NAE_ERA_R-30_Eesti_Riiklik_Spordiamet, lk 66
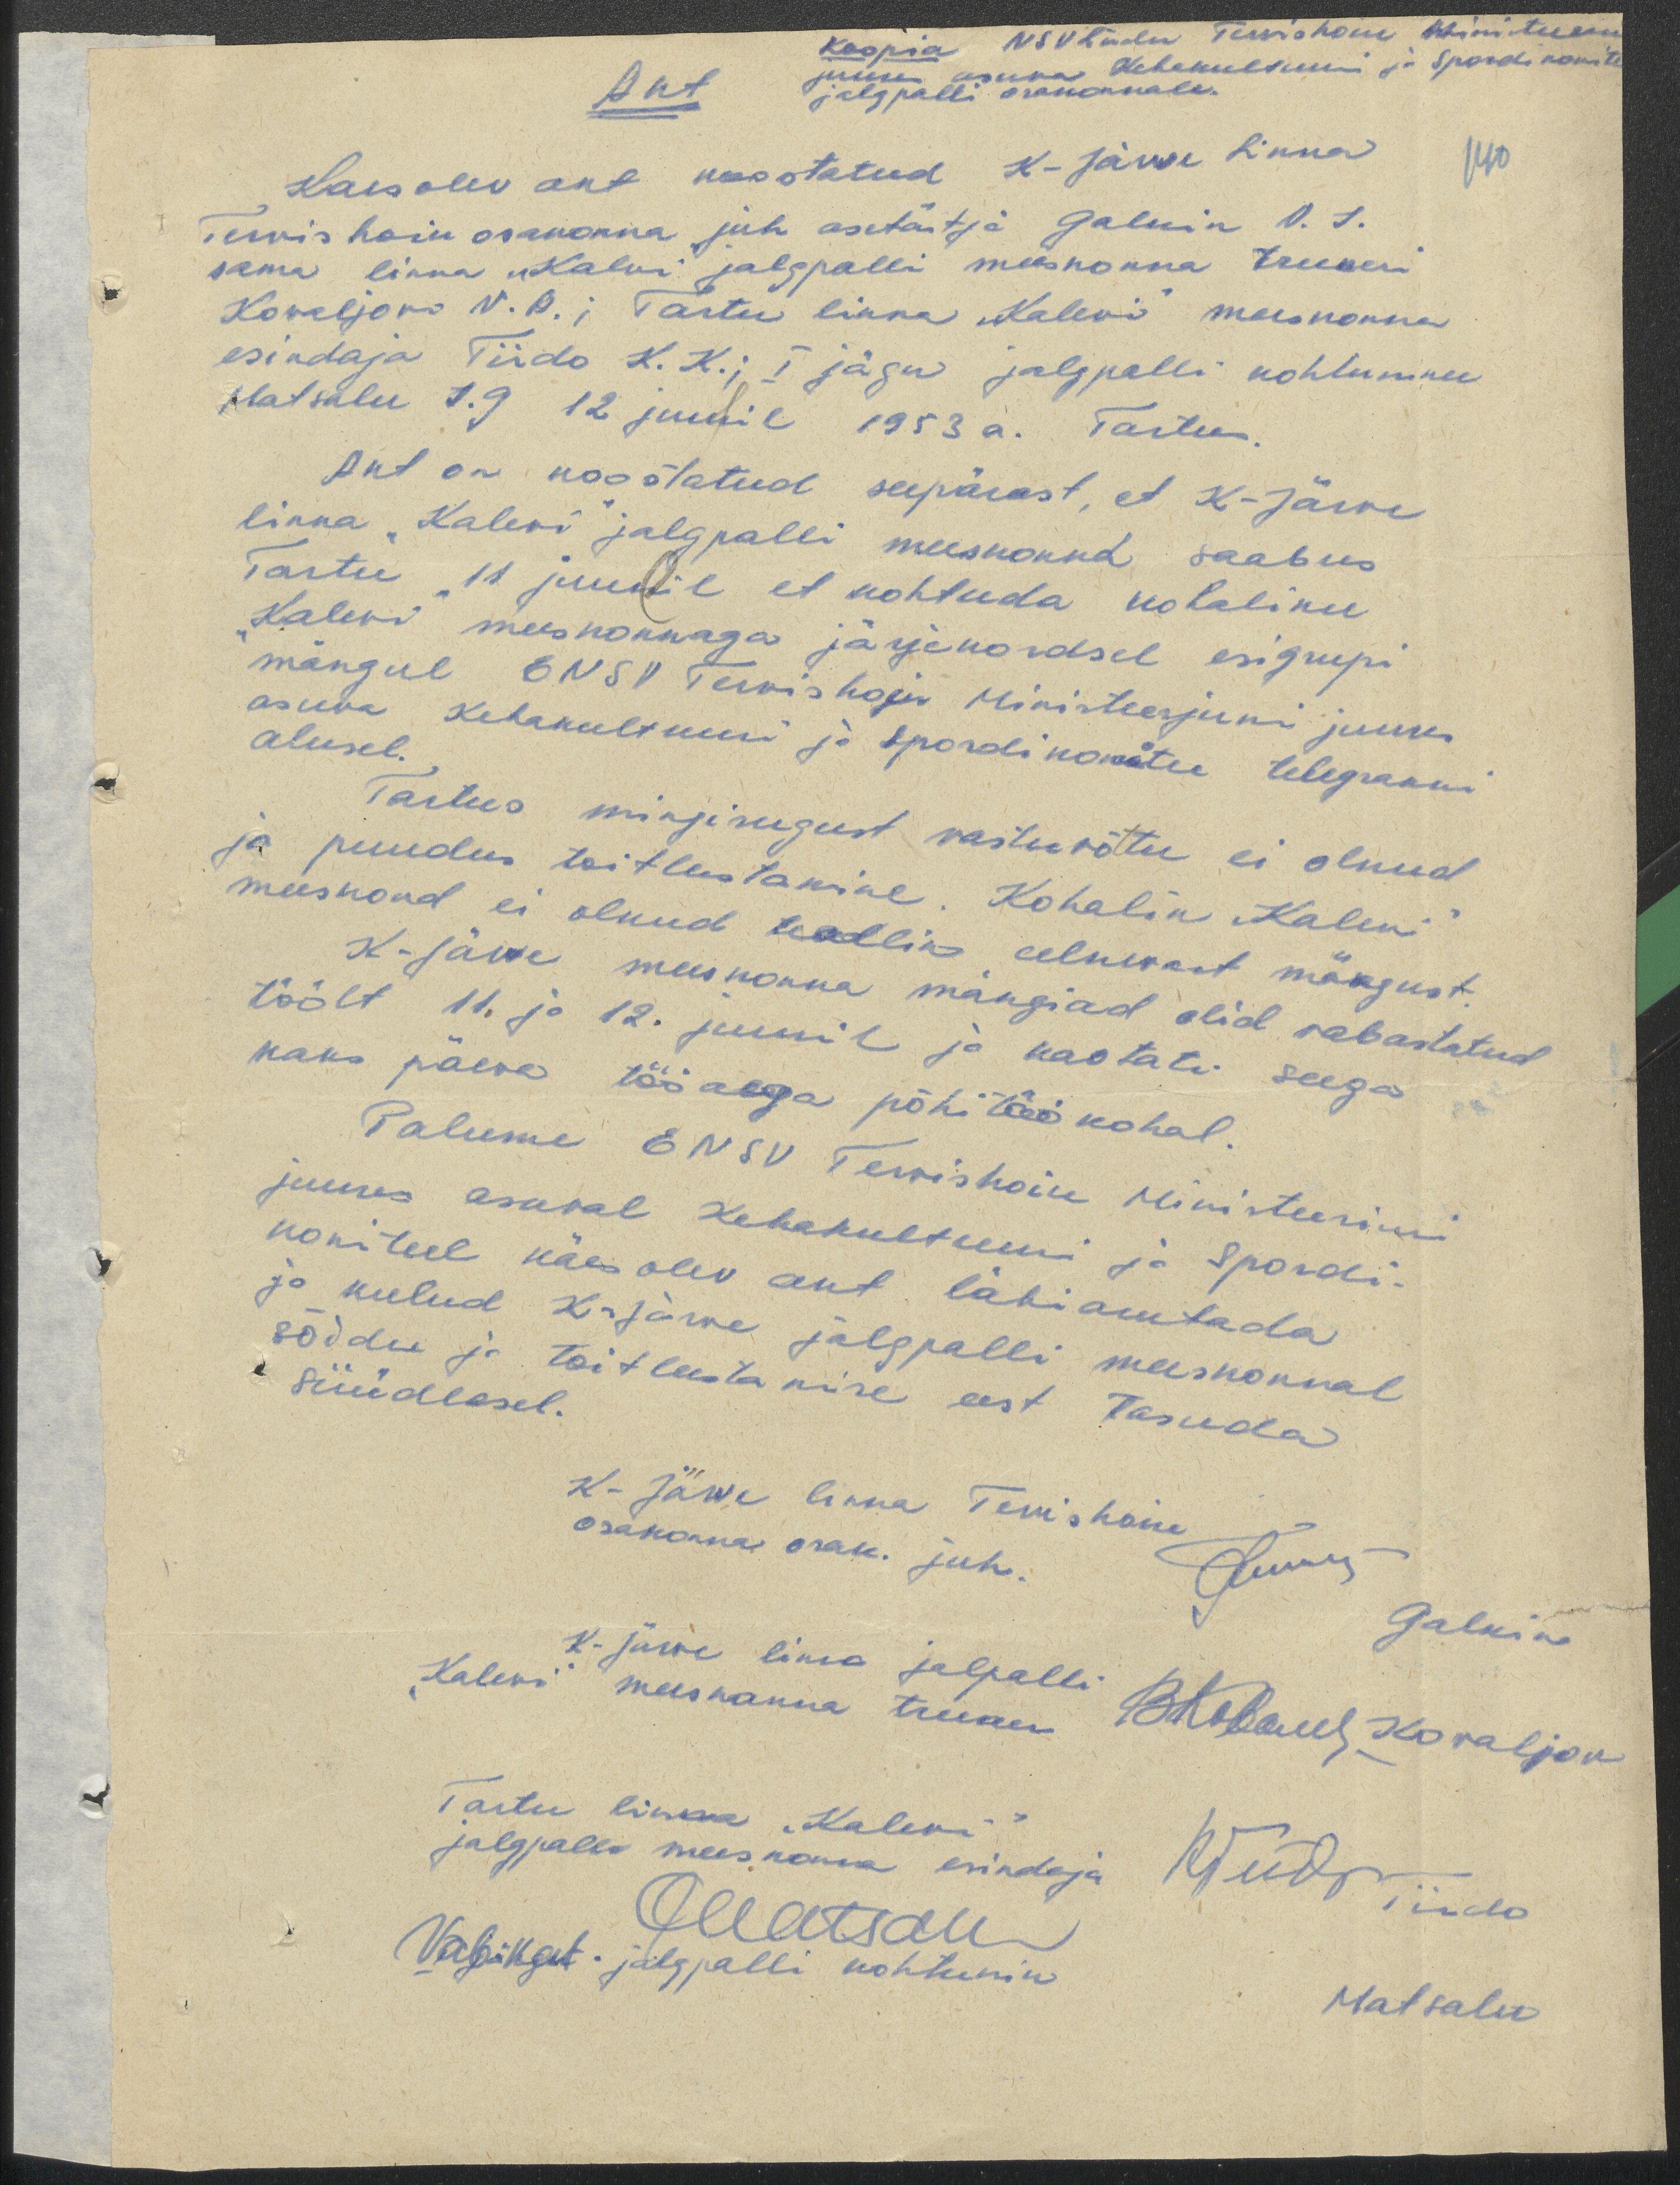
Koopia NSV Liidu Tervishoiu Ministeeriumi
juures asuva Kehakultuuri ja Spordikomitee
jalgpalli osakonnale.
Akt
Kaesolev akt koostatud K-Järve Linna
140
Tervishoiu osakonna juh asetäitja Galkin V.S.
sama linna "Kalevi" jalgpalli meeskonna treeneri
Kovaljovi V.B; Tartu linna "Kalevi" meeskonna
esindaja Tiido K.K.; I jägu jalgpalli kohtuniku
Matsalu S.G 12 juunil 1953a. Tartus.
Akt on koostatud seepärast, et K-Järve
linna "Kalevi" jalgpalli meeskonna saabus
Tartu 11 juunil et kohtuda kohaliku
"Kalevi" meeskonnaga järjekordsel esigrupi
mängul ENSV Tervishoiu Ministeerjumi juures
asuva Kehakultuuri ja Spordikomitee telegrammi
alusel.
Tartus mingisugust vastuvõttu ei olnud
ja puudus toitlustamine. Kohalik "Kalevi"
meeskond ei olnud teadlik eelnevast mängust.
K-Järve meeskonna mängiad olid vabastatud
töölt 11. ja 12. juunil ja kaotati seega
kaks päeva tööaega põhitöökohal.
Palume ENSV Tervishoiu Ministeeriumi
juures asuval Kehakultuuri ja Spordi-
komiteel käes olev akt läbiarutada
ja kulud K-Järve jalgpalli meeskonnal
sõidu ja toitlustamise eest tasuda
süüdlasel.
K-Järve linna Tervishoiu
osakonna osak. juh.
Galkin
K-Järve linna jalgpalli
"Kalevi" meeskonna treener
Kovaljov
Tartu linna "Kalevi"
jalgpalli meeskonna esindaja
Tiido
Vab. kat. jalgpalli kohtunik
Matsalu